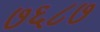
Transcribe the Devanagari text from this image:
७६८७